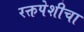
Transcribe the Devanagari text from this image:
रक्तपेशीचा